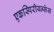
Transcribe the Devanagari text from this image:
एकस्पिरीयन्सेस